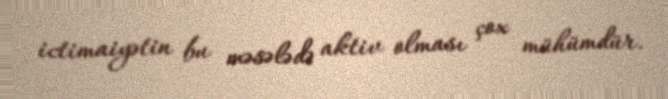
ictimaiyətin bu məsələdə aktiv olması çox mühümdür.